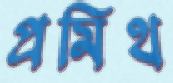
প্রমিথ